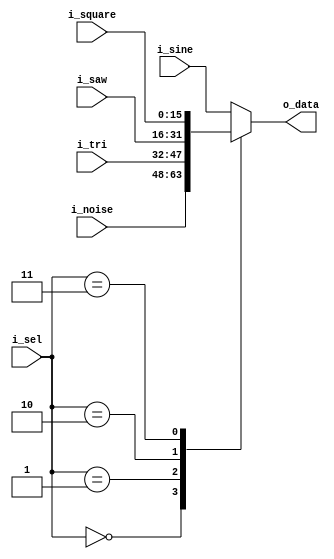
module wave_mux(
  input [2:0] i_sel,
  input [15:0] i_sine,
  input [15:0] i_saw,
  input [15:0] i_square,
  input [15:0] i_tri,
  input [15:0] i_noise,
  output reg [15:0] o_data
);

  always @ (i_sel, i_sine, i_square, i_saw, i_tri, i_noise)
  begin
    case (i_sel)
      3'b000 : o_data <= i_noise;
      3'b001 : o_data <= i_tri;
      3'b010 : o_data <= i_saw;
      3'b011 : o_data <= i_square;
      default : o_data <= i_sine;
    endcase
  end

endmodule